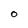
Character: 0